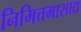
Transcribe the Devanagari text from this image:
निमित्तमासाद्य